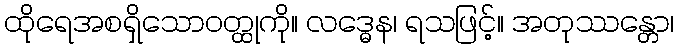
ထိုရေအစရှိသောဝတ္ထုကို။ လဒ္ဓေန၊ ရသဖြင့်။ အတုဿန္တော၊